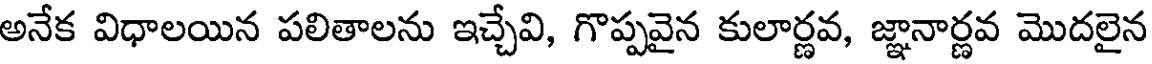
అనేక విధాలయిన పలితాలను ఇచ్చేవి, గొప్పవైన కులార్ణవ, జ్ఞానార్ణవ మొదలైన